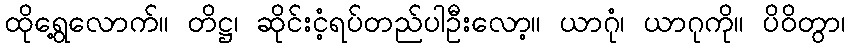
ထိုရွေ့လောက်။ တိဋ္ဌ၊ ဆိုင်းငံ့ရပ်တည်ပါဦးလော့။ ယာဂုံ၊ ယာဂုကို။ ပိဝိတွာ၊